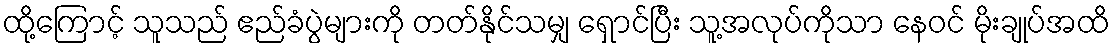
ထို့ကြောင့် သူသည် ဧည်ခံပွဲများကို တတ်နိုင်သမျှ ရှောင်ပြီး သူ့အလုပ်ကိုသာ နေဝင် မိုးချုပ်အထိ